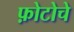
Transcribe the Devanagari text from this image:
फ़ोटोचे